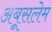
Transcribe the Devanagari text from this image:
अबूसलेम